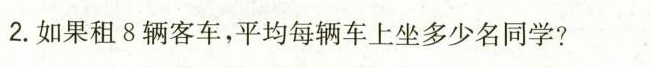
2.如果租8辆客车，平均每辆车上坐多少名同学?